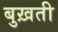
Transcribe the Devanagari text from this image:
बुख़ती